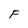
Character: F